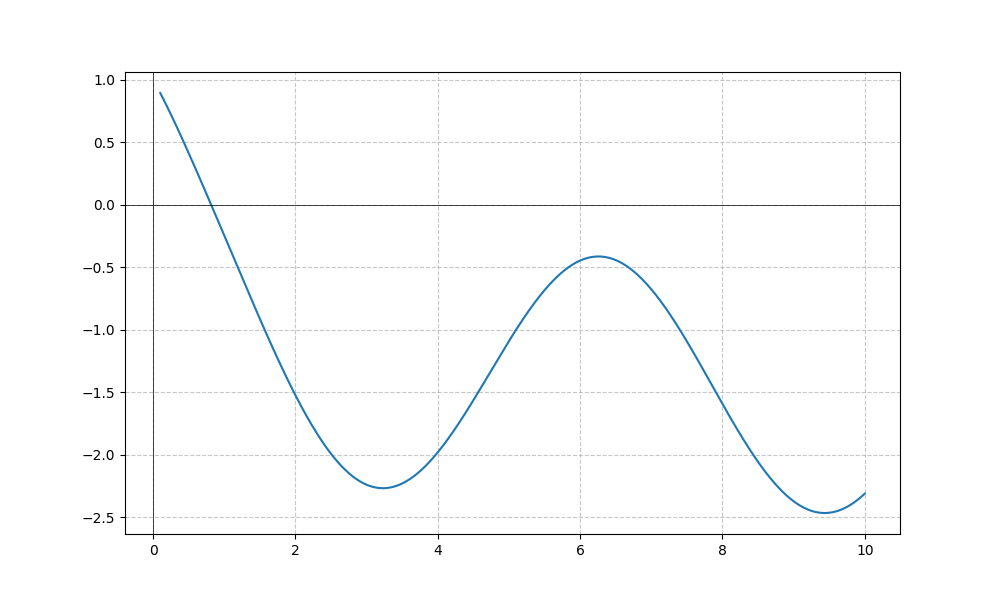
LaTeX formula: \cos{\left(x \right)} - \operatorname{atan}{\left(x \right)}